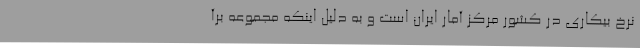
نرخ بیکاری در کشور مرکز آمار ایران است و به دلیل اینکه مجموعه برآ